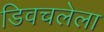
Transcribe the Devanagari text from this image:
डिवचलेला